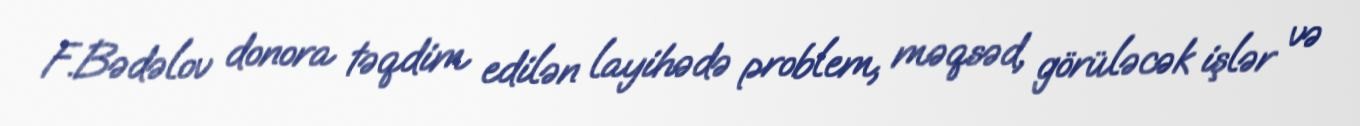
F.Bədəlov donora təqdim edilən layihədə problem, məqsəd, görüləcək işlər və